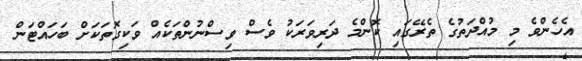
އެހެންވެ މި މުއްދަތުގެ ތެރޭގައި ކޮންމެ ދަރިވަރަކު ވެސް ވިސްނުންތަކެއް ވަކިގޮތަކަށް ބަހައްޓަން